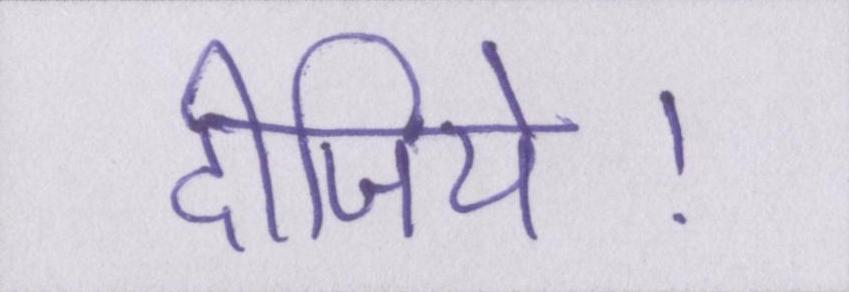
दीजिये।